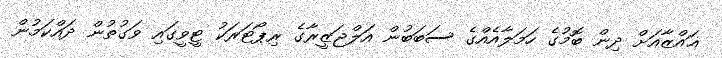
ޣައްޒާއަށް ދިން ބޮމުގެ ހަމަލާއެއްގެ ސަބަބުން އަލްޖަޒީރާގެ ރިޕޯޓަރަކު ޓީވީގައި ވަގުތުން ދައްކަމުން